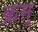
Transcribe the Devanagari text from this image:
क्रम्